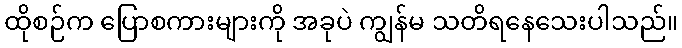
ထိုစဉ်က ပြောစကားများကို အခုပဲ ကျွန်မ သတိရနေသေးပါသည်။